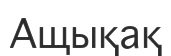
Ащықақ